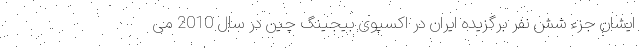
ایشان جزء شش نفر برگزیده ایران در اکسپوی بیجینگ چین در سال 2010 می